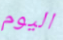
اليوم